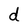
Character: d